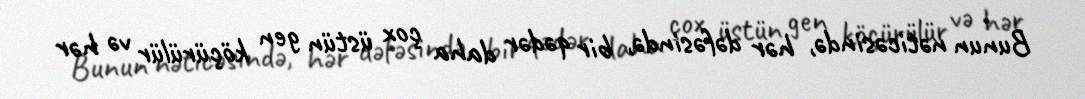
Bunun nəticəsində, hər dəfəsində, bir qədər daha çox üstün gen köçürülür və hər